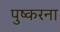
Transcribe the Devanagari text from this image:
पुष्करना